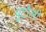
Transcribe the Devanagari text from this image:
पुटोली